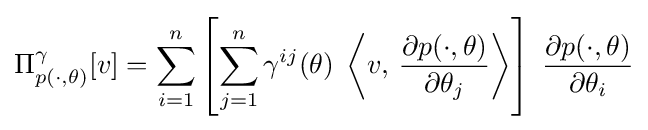
\Pi _{p(\cdot ,\theta )}^{\gamma }[v]=\sum _{i=1}^{n}\left[\sum _{j=1}^{n}\gamma ^{ij}(\theta )\;\left\langle v,\,{\frac {\partial {p(\cdot ,\theta )}}{\partial \theta _{j}}}\right\rangle \right]\;{\frac {\partial {p(\cdot ,\theta )}}{\partial \theta _{i}}}